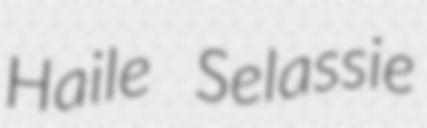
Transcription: Haile Selassie